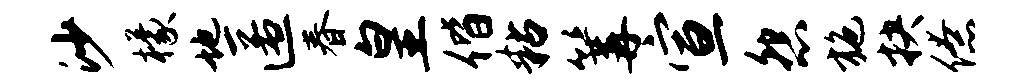
沙檬地匿春皇偕粘篝宣怨施抉僚